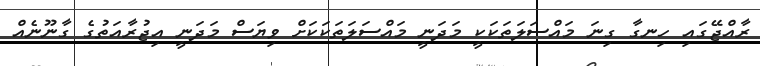
ރާއްޖޭގައި ހިނގާ ގިނަ މައްސަލަތަކަކީ މަދަނީ މައްސަލަތަކަކަށް ވިޔަސް މަދަނީ އިޖުރާއަތުގެ ގާނޫނެއް